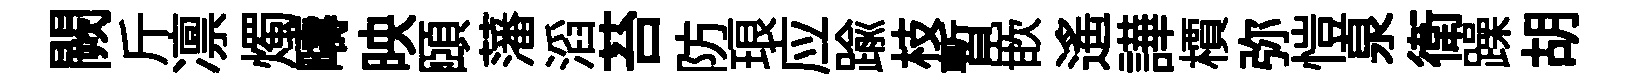
闕斤凛燭疇映頤藩滔苔防琅应踰枝暫嵌遙譁檟弥愷泉衛躁胡